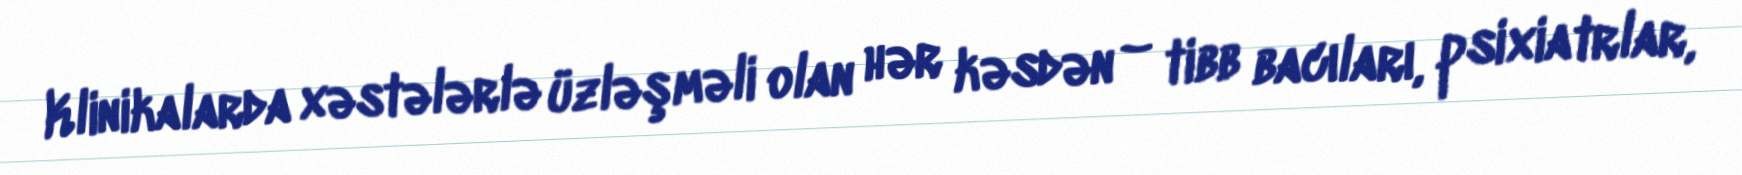
Klinikalarda xəstələrlə üzləşməli olan hər kəsdən – tibb bacıları, psixiatrlar,